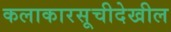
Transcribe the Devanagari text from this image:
कलाकारसूचीदेखील